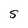
Character: S